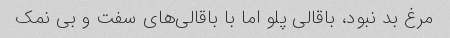
مرغ بد نبود، باقالی پلو اما با باقالی‌های سفت و بی نمک